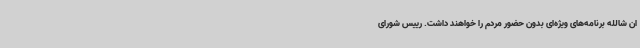
ان شالله برنامه‌های ویژه‌ای بدون حضور مردم را خواهند داشت. رییس شورای